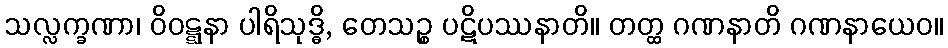
သလ္လက္ခဏာ၊ ဝိဝဋ္ဋနာ ပါရိသုဒ္ဓိ, တေသဉ္စ ပဋိပဿနာတိ။ တတ္ထ ဂဏနာတိ ဂဏနာယေဝ။